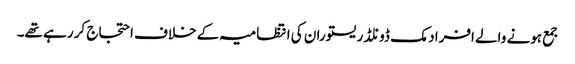
جمع ہونے والے افراد مک ڈونلڈ ریستوران کی انتظامیہ کے خلاف احتجاج کر رہے تھے۔